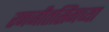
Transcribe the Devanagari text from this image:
रणजीतसिंगच्या